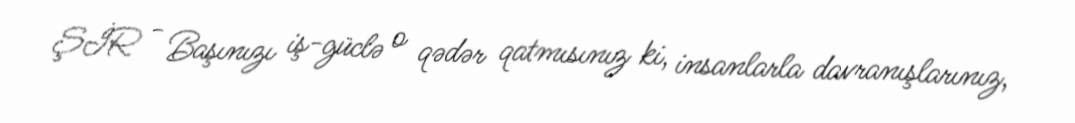
ŞİR - Başınızı iş-güclə o qədər qatmısınız ki, insanlarla davranışlarınız,